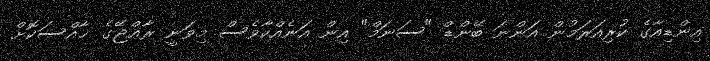
އިންޑިއާގެ ކުރިއަރަމުން އަންނަ ބޭންޑް "ސަނަމް" އިން އަނެއްކާވެސް މިވަނީ ރާޢްޖޭގެ ޚާއްސަކޮށް